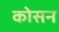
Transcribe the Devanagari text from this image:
कोसन